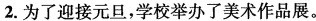
2.为了迎接元旦，学校举办了美术作品展。